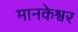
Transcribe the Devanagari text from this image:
मानकेश्वर